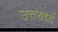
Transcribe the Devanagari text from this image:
उत्तरार्ध्द